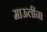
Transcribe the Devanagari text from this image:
माऊलींना